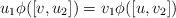
LaTeX: \begin{align*}u_1\phi( [v,u_2])=v_1\phi( [u,v_2])\end{align*}